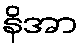
နိအာ